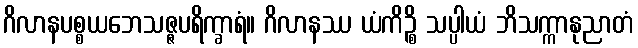
ဂိလာနပစ္စယဘေသဇ္ဇပရိက္ခာရံ။ ဂိလာနဿ ယံကိဉ္စိ သပ္ပါယံ ဘိသက္ကာနုညာတံ